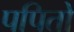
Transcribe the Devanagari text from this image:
पपितो